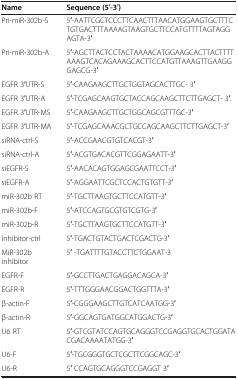
<table><thead><tr><td><b>Name</b></td><td><b>Sequence (5′-3′)</b></td></tr></thead><tbody><tr><td>Pri-miR-302b-S</td><td>5′-AATTCGCTCCCTTCAACTTTAACATGGAAGTGCTTTCTGTGACTTTAAAAGTAAGTGCTTCCATGTTTTAGTAGGAGTA-3′</td></tr><tr><td>Pri-miR-302b-A</td><td>5′-AGCTTACTCCTACTAAAACATGGAAGCACTTACTTTTAAAGTCACAGAAAGCACTTCCATGTTAAAGTTGAAGGGAGCG-3′</td></tr><tr><td>EGFR 3′UTR-S</td><td>5′-CAAGAAGCTTGCTGGTAGCACTTGC- 3′</td></tr><tr><td>EGFR 3′UTR-A</td><td>5′-TCGAGCAAGTGCTACCAGCAAGCTTCTTGAGCT- 3′.</td></tr><tr><td>EGFR 3′UTR-MS</td><td>5′-CAAGAAGCTTGCTGGCAGCGTTTGC-3′</td></tr><tr><td>EGFR 3′UTR-MA</td><td>5′-TCGAGCAAACGCTGCCAGCAAGCTTCTTGAGCT-3′</td></tr><tr><td>siRNA-ctrl-S</td><td>5′-ACCGAACGTGTCACGT-3′</td></tr><tr><td>siRNA-ctrl-A</td><td>5′-ACGTGACACGTTCGGAGAATT-3′</td></tr><tr><td>siEGFR-S</td><td>5′-AACACAGTGGAGCGAATTCCT-3′</td></tr><tr><td>siEGFR-A</td><td>5′-AGGAATTCGCTCCACTGTGTT-3′</td></tr><tr><td>miR-302b RT</td><td>5′-TGCTTAAGTGCTTCCATGTT-3′</td></tr><tr><td>miR-302b-F</td><td>5′-ATCCAGTGCGTGTCGTG-3′</td></tr><tr><td>miR-302b-R</td><td>5′-TGCTTAAGTGCTTCCATGTT-3′</td></tr><tr><td>Inhibitor-ctrl</td><td>5′-TGACTGTACTGACTCGACTG-3′</td></tr><tr><td>MiR-302b inhibitor</td><td>5′ -TGATTTTGTACCTTCTGGAAT-3</td></tr><tr><td>EGFR-F</td><td>5′-GCCTTGACTGAGGACAGCA-3′</td></tr><tr><td>EGFR-R</td><td>5′-TTTGGGAACGGACTGGTTTA-3′</td></tr><tr><td>β-actin-F</td><td>5′-CGGGAAGCTTGTCATCAATGG-3′</td></tr><tr><td>β-actin-R</td><td>5′-GGCAGTGATGGCATGGACTG-3′</td></tr><tr><td>U6 RT</td><td>5′-GTCGTATCCAGTGCAGGGTCCGAGGTGCACTGGATACGACAAAATATGG-3′</td></tr><tr><td>U6-F</td><td>5′-TGCGGGTGCTCGCTTCGGCAGC-3′</td></tr><tr><td>U6-R</td><td>5′ CCAGTGCAGGGTCCGAGGT 3′</td></tr></tbody></table>